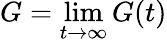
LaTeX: G=\operatorname*{lim}_{t\to\infty}G(t)